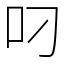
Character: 叼